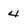
Character: 4